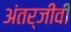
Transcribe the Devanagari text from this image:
अंतर्जीवी